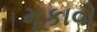
મૂકાવો